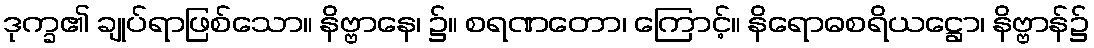
ဒုက္ခ၏ ချုပ်ရာဖြစ်သော။ နိဗ္ဗာနေ၊ ၌။ စရဏတော၊ ကြောင့်။ နိရောဓစရိယဋ္ဌော၊ နိဗ္ဗာန်၌